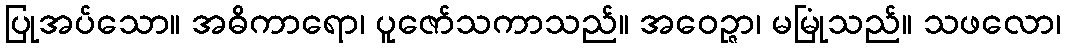
ပြုအပ်သော။ အဓိကာရော၊ ပူဇော်သကာသည်။ အဝေဉ္ဇာ၊ မမြုံသည်။ သဖလော၊